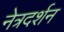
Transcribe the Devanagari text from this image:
नेत्रदर्शन